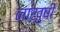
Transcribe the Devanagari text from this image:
नाखुषी